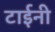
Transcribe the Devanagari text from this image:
टाईनी